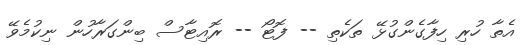
އެތާ ހުރި ހިފާގެންގުޅޭ ތަކެތި -- ފޮޓޯ -- ރޮއިޓާސް ބިންގަރާހުން ނިކުމެވޭ